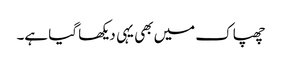
چھپاک میں بھی یہی دیکھا گیا ہے۔